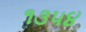
૧૩૫૪